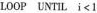
LOOP UNTIL $$i < 1$$